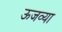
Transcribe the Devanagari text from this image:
ऊजव्या